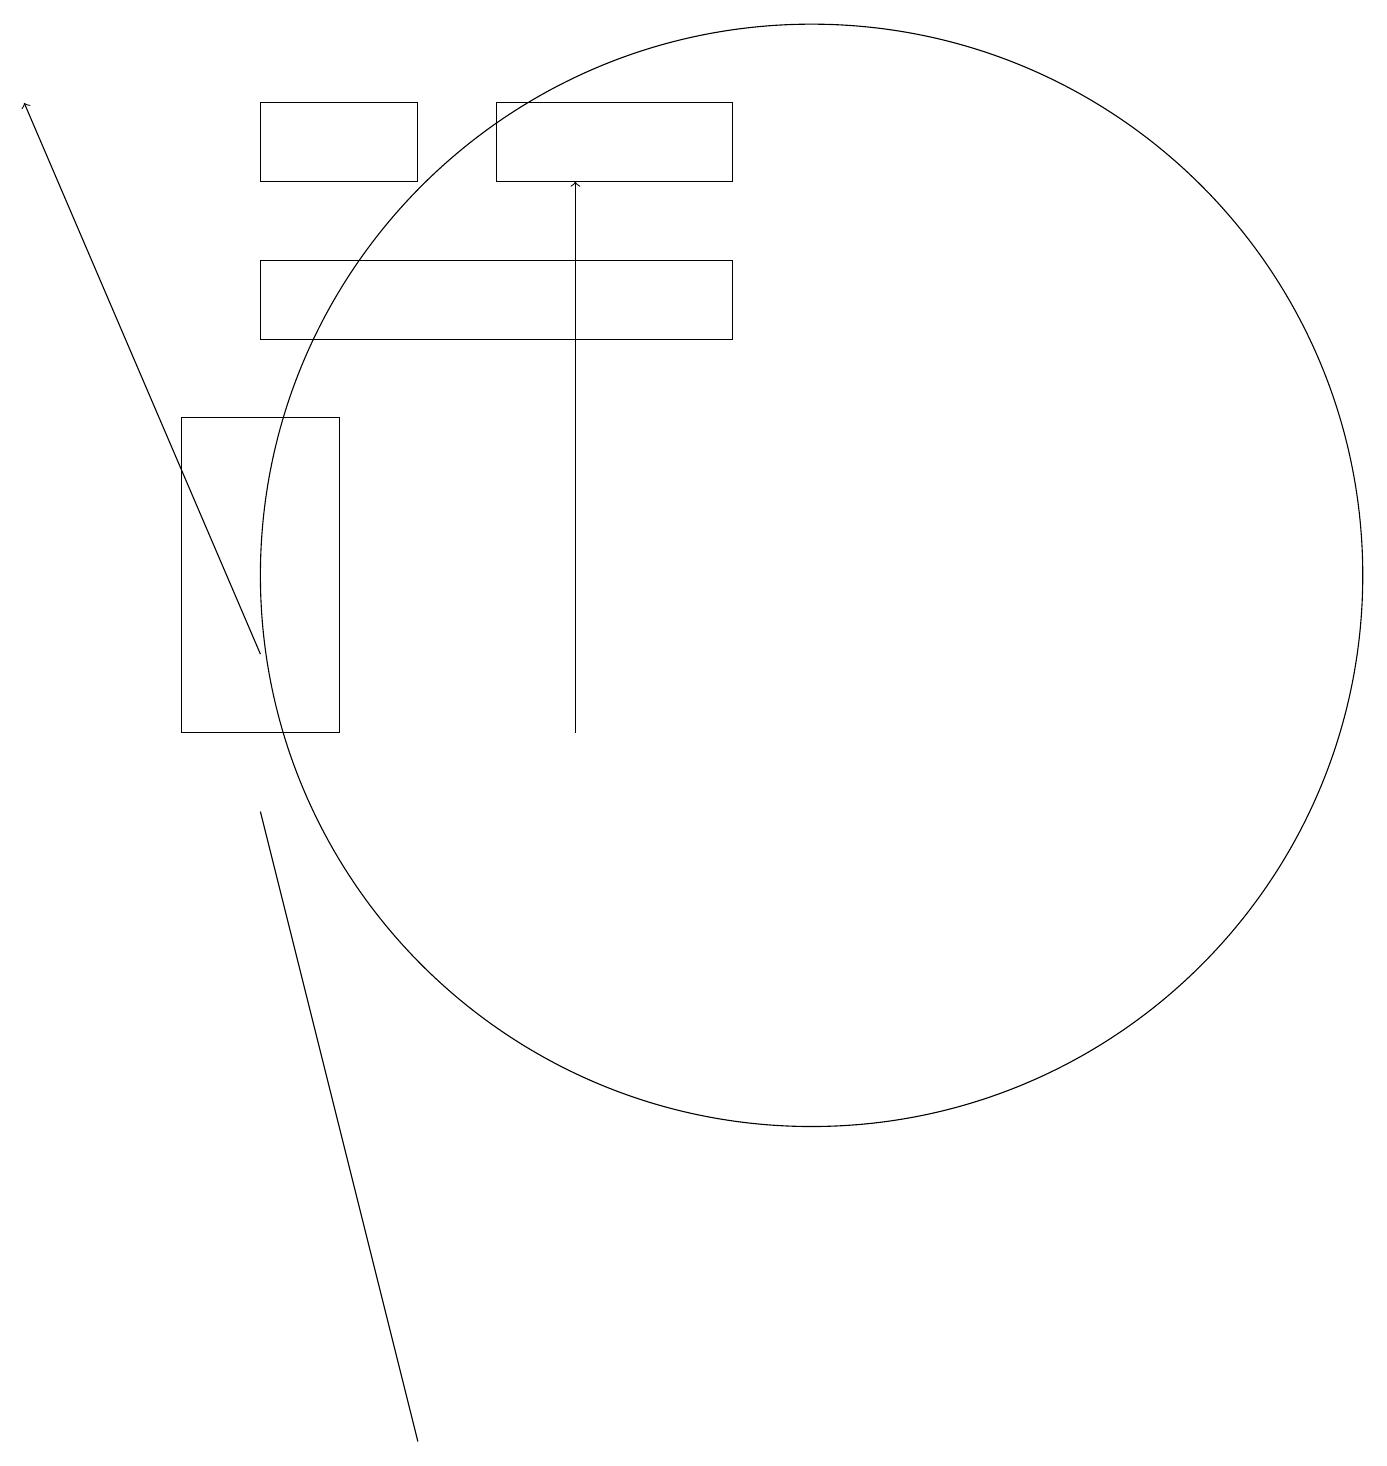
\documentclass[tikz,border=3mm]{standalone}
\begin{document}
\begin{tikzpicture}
\draw (5,1) -- (3,9) -- (3,9) -- cycle;
\draw[->] (7,10) -- (7,17);
\draw (10,12) circle (7);
\draw (9,16) rectangle (3,15);
\draw (2,10) rectangle (4,14);
\draw (9,17) rectangle (6,18);
\draw[->] (3,11) -- (0,18);
\draw (5,18) rectangle (3,17);
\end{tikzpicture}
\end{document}